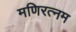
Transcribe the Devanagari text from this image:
मणिरत्‍नम